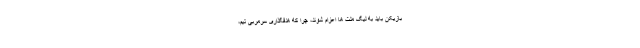
بازیکن باید به لیگ ملت ها اعزام شوند، چرا که هدفگذاری سرمربی تیم،